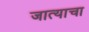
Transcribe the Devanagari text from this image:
जात्याचा